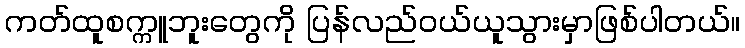
ကတ်ထူစက္ကူဘူးတွေကို ပြန်လည်ဝယ်ယူသွားမှာဖြစ်ပါတယ်။